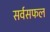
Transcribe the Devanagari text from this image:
सर्वसफल